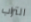
التراب